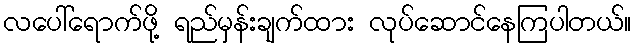
လပေါ်ရောက်ဖို့ ရည်မှန်းချက်ထား လုပ်ဆောင်နေကြပါတယ်။